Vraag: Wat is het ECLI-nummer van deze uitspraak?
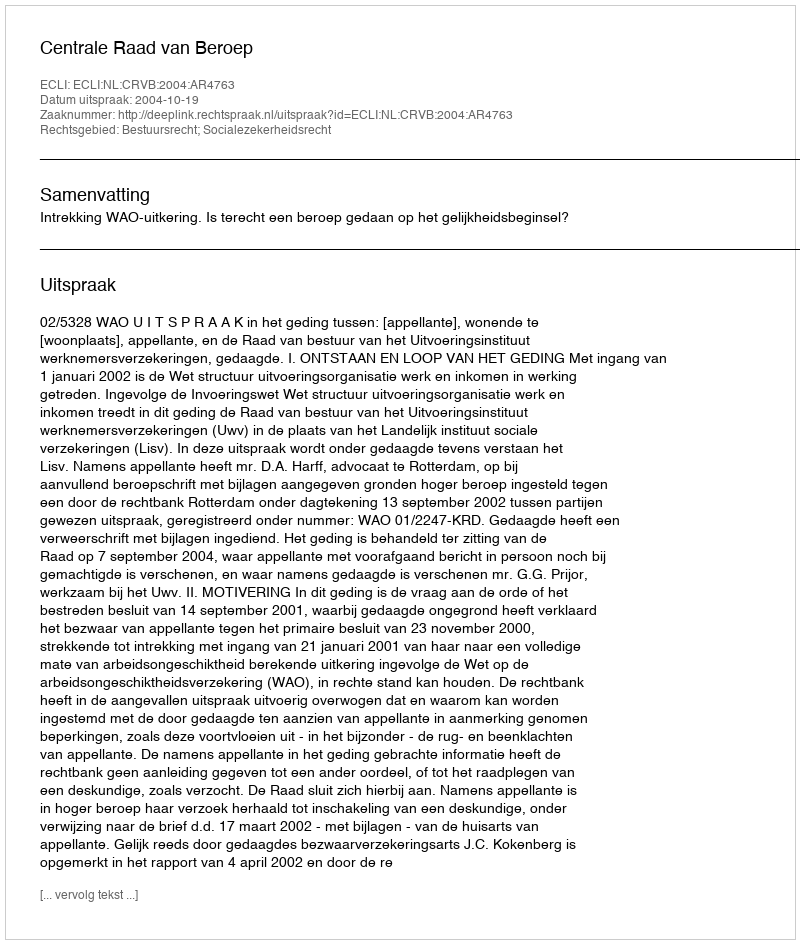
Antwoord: ECLI:NL:CRVB:2004:AR4763